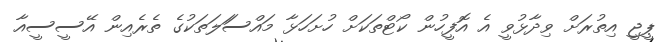
ޕީޖީ އިތުރަށް ވިދާޅުވީ އެ އޮފީހުން ކޯޓްތަކަށް ހުށަހަޅާ މައްސަަލަތަކުގެ ތެރެއިން އޭސީސީއާ